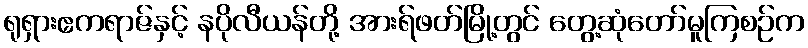
ရုရှားဧကရာဇ်နှင့် နပိုလီယန်တို့ အားရ်ဖတ်မြို့တွင် တွေ့ဆုံတော်မူကြစဉ်က